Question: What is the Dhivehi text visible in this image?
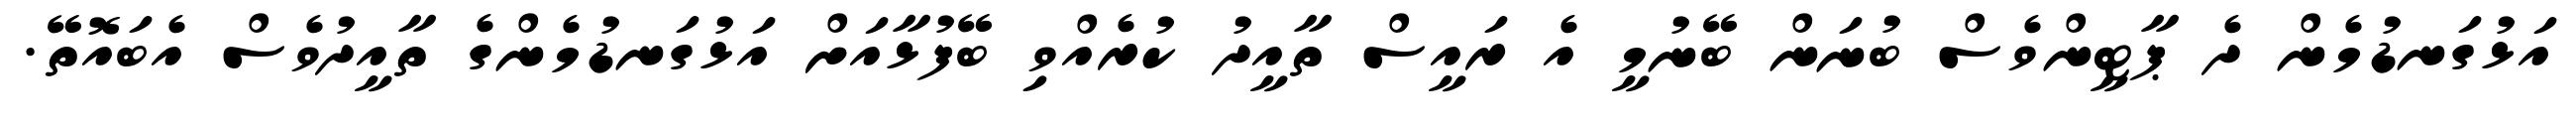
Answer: އަޅުގަނޑުމެން ދެ ޕާޓީންވެސް ބުނަން ބޭނުމީ އެ ރައީސް ތާއީދު ކުރެއްވި ބޭފުޅާއަށް އަޅުގަނޑުމެންގެ ތާއީދުވެސް އެބައޮތޭ.